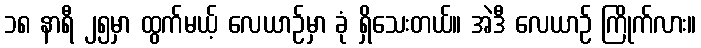
၁၈ နာရီ ၂၅မှာ ထွက်မယ့် လေယာဉ်မှာ ခုံ ရှိသေးတယ်။ အဲဒီ လေယာဉ် ကြိုက်လား။